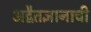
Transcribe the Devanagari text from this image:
अद्वैतज्ञानाची